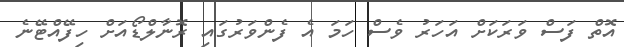
އޮތް ފަސް ވަރަކަށް އަހަރު ވެސް ހަމަ އެ ފެންވަރުގައި ރޮނާލްޑޯއަށް ހިފޭއްޓޭނެ